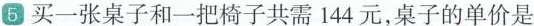
5 买一张桌子和一把椅子共需144元，桌子的单价是